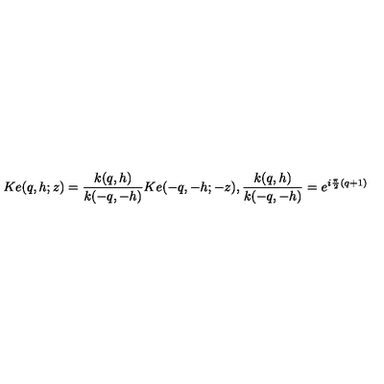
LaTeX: K e ( q , h ; z ) = \frac { k ( q , h ) } { k ( - q , - h ) } K e ( - q , - h ; - z ) , \frac { k ( q , h ) } { k ( - q , - h ) } = e ^ { i \frac { \pi } { 2 } ( q + 1 ) }